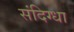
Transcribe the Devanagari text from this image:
संदिग्धा